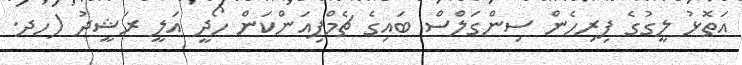
އަތޮޅު ލީގުގެ ފިރިހެން ސިންގަލްސް ބައިގެ ޗެމްޕިއަންކަން ހޯދީ އަލީ ރަޝީދު (ހދ.